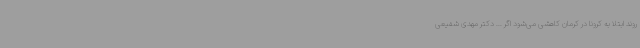
روند ابتلا به کرونا در کرمان کاهشی می‌شود اگر ... دکتر مهدی شفیعی